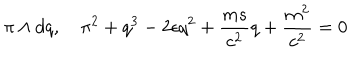
\pi \wedge d q , \quad \pi ^ { 2 } + q ^ { 3 } - 2 \epsilon q ^ { 2 } + \frac { m s } { c ^ { 2 } } q + \frac { m ^ { 2 } } { c ^ { 2 } } = 0